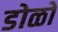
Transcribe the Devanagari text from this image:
डोळो